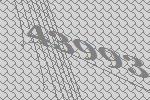
43993